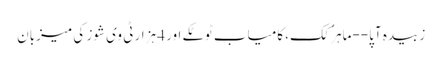
زبیدہ آپا--ماہر ُکک، کامیاب ٹوٹکے اور 4 ہزار ٹی وی شوز کی میزبان